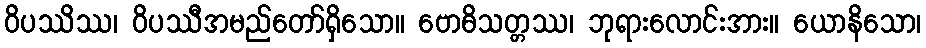
ဝိပဿိဿ၊ ဝိပဿီအမည်တော်ရှိသော။ ဗောဓိသတ္တဿ၊ ဘုရားလောင်းအား။ ယောနိသော၊